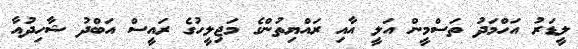
ލީޑަރު އަހްމަދު ތަސްމީން އަލީ އާއި ރައްޔިތުންގެ މަޖިލީހުގެ ރައީސް އަބްދު ޝާހިދުއާ